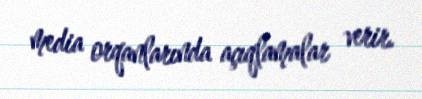
media orqanlarında açıqlamalar verir.